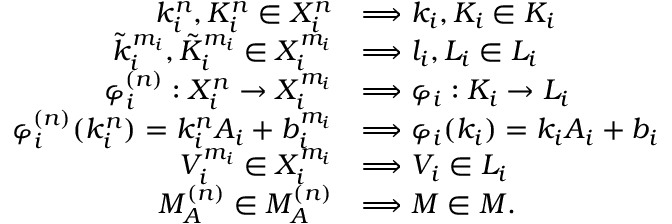
\begin{array} { r l } { k _ { i } ^ { n } , K _ { i } ^ { n } \in { \cal X } _ { i } ^ { n } } & { \Longrightarrow k _ { i } , K _ { i } \in { \cal K } _ { i } } \\ { \tilde { k } _ { i } ^ { m _ { i } } , \tilde { K } _ { i } ^ { m _ { i } } \in { \cal X } _ { i } ^ { m _ { i } } } & { \Longrightarrow l _ { i } , L _ { i } \in { \cal L } _ { i } } \\ { \varphi _ { i } ^ { ( n ) } : { \cal X } _ { i } ^ { n } \to { \cal X } _ { i } ^ { m _ { i } } } & { \Longrightarrow \varphi _ { i } : { \cal K } _ { i } \to { \cal L } _ { i } } \\ { \varphi _ { i } ^ { ( n ) } ( k _ { i } ^ { n } ) = k _ { i } ^ { n } A _ { i } + b _ { i } ^ { m _ { i } } } & { \Longrightarrow \varphi _ { i } ( k _ { i } ) = k _ { i } A _ { i } + b _ { i } } \\ { V _ { i } ^ { m _ { i } } \in { \cal X } _ { i } ^ { m _ { i } } } & { \Longrightarrow V _ { i } \in { \cal L } _ { i } } \\ { M _ { { \cal A } } ^ { ( n ) } \in { \cal M } _ { { \cal A } } ^ { ( n ) } } & { \Longrightarrow M \in { \cal M } . } \end{array}